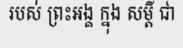
របស់ ព្រះអង្គ ក្នុង សម្តី ជា